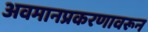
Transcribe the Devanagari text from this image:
अवमानप्रकरणावरून